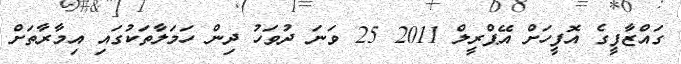
ގައްޒާފީގެ އޮފީހަށް އޭޕްރީލް 2011 25 ވަނަ ދުވަހު ދިން ހަމަލާތަކުގައި އިމާރާތަށް